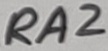
Text: RA2